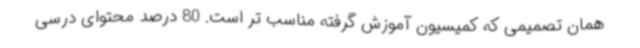
همان تصمیمی که کمیسیون آموزش گرفته مناسب تر است. 80 درصد محتوای درسی